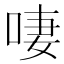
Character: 啛